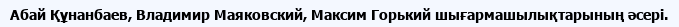
Абай Құнанбаев, Владимир Маяковский, Максим Горький шығармашылықтарының әсері.